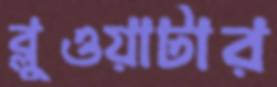
ব্লুওয়াটার